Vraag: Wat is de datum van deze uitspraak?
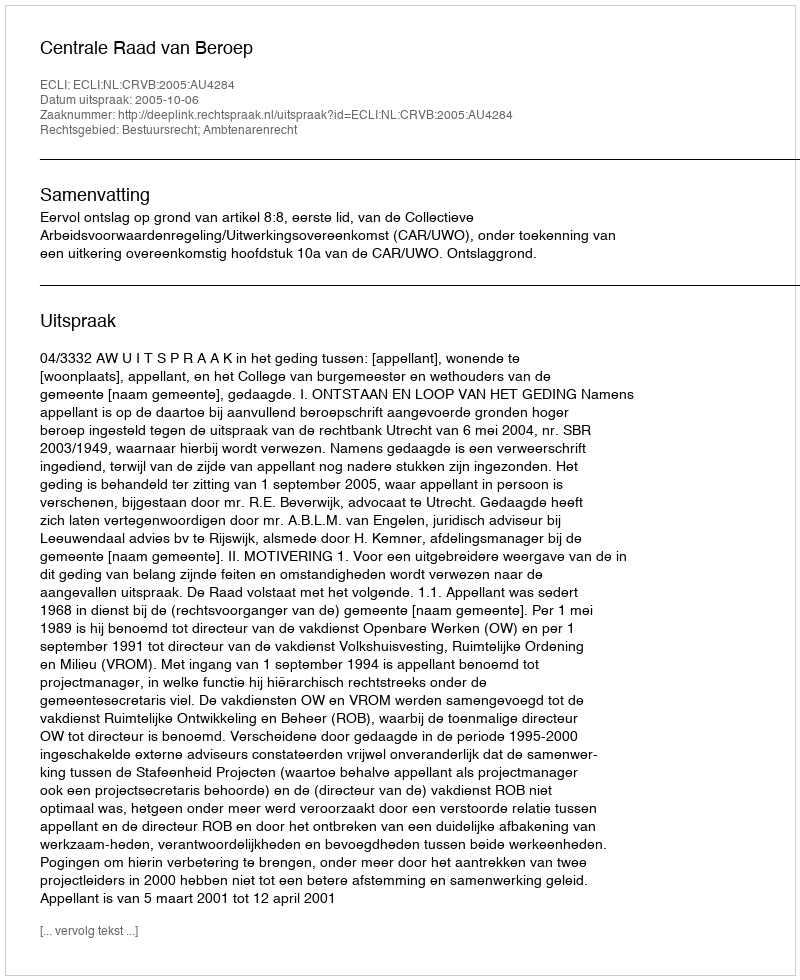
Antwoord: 2005-10-06